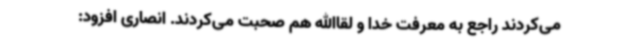
می‌کردند راجع به معرفت خدا و لقاالله هم صحبت می‌کردند. انصاری افزود: